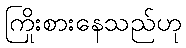
ကြိုးစားနေသည်ဟု